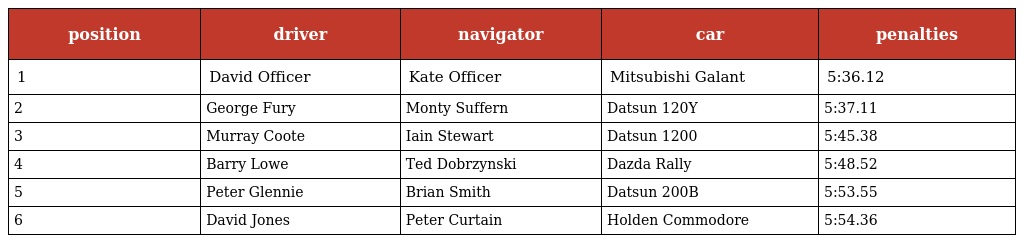
| position | driver | navigator | car | penalties |
 | --- | --- | --- | --- | --- |
 | 1 | David Officer | Kate Officer | Mitsubishi Galant | 5:36.12 |
 | 2 | George Fury | Monty Suffern | Datsun 120Y | 5:37.11 |
 | 3 | Murray Coote | Iain Stewart | Datsun 1200 | 5:45.38 |
 | 4 | Barry Lowe | Ted Dobrzynski | Dazda Rally | 5:48.52 |
 | 5 | Peter Glennie | Brian Smith | Datsun 200B | 5:53.55 |
 | 6 | David Jones | Peter Curtain | Holden Commodore | 5:54.36 |